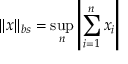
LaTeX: \| x \| _ { b s } = \sup _ { n } \left| \sum _ { i = 1 } ^ { n } x _ { i } \right|